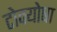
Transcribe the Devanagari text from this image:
टोक्योषा